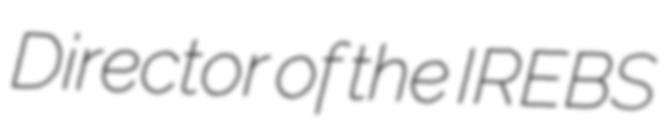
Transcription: Director of the IREBS